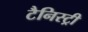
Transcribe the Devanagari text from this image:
टैनिस्ट्री